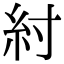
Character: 紂